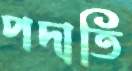
পদাতি